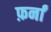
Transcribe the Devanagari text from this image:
फ़र्नां